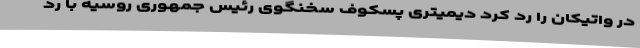
در واتیکان را رد کرد دیمیتری پسکوف سخنگوی رئیس جمهوری روسیه با رد